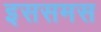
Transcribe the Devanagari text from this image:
इससमस